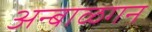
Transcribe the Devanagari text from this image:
अन्बाळगन